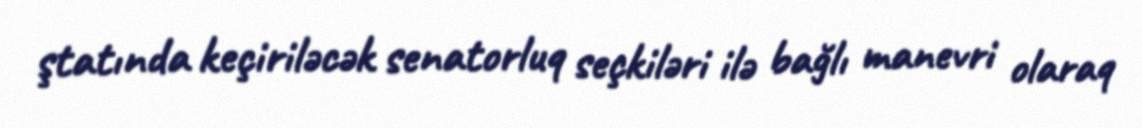
ştatında keçiriləcək senatorluq seçkiləri ilə bağlı manevri olaraq